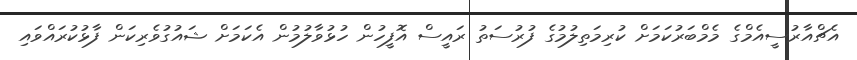
އެޗްއާރުސީއެމްގެ މެމްބަރުކަމަށް ކުރިމަތިލުމުގެ ފުރުސަތު ރައީސް އޮފީހުން ހުޅުވާލުމުން އެކަމަށް ޝައުގުވެރިކަން ފާޅުކުރައްވައި